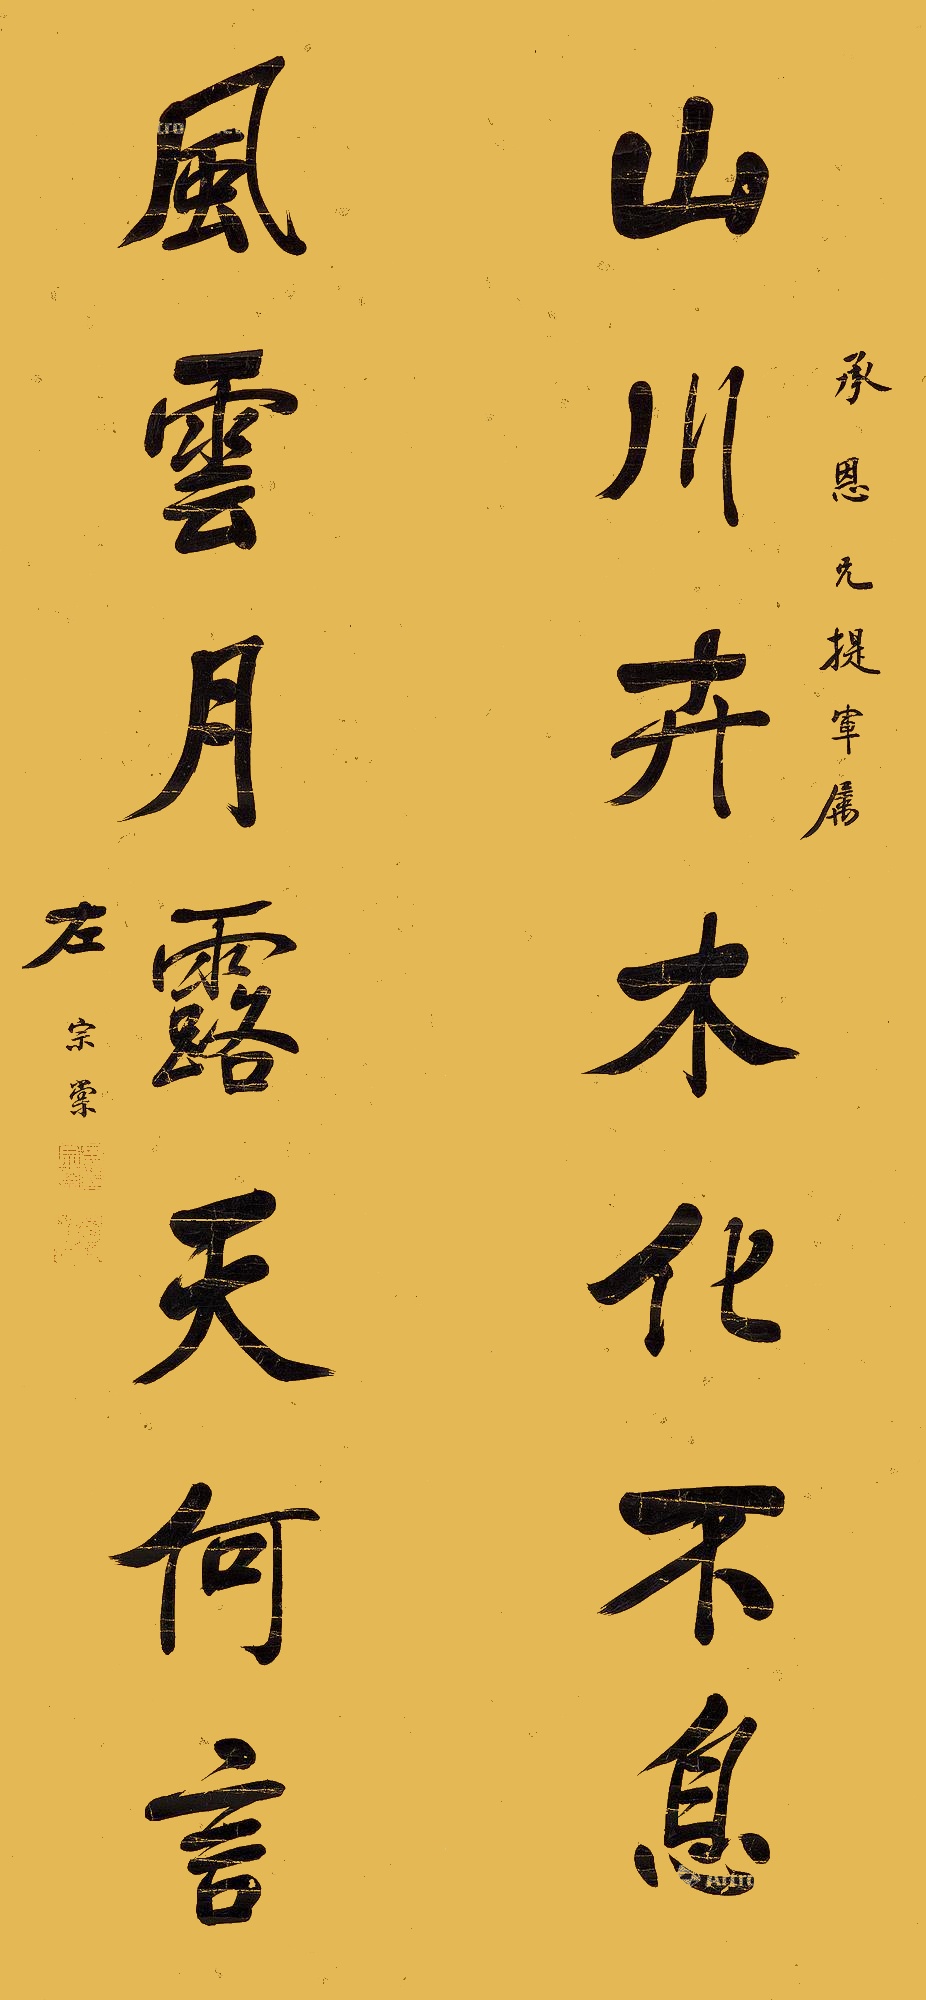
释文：山川卉木化不息，风云月露天何言。承恩兄提军属。左宗棠。